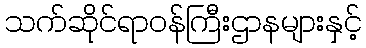
သက်ဆိုင်ရာဝန်ကြီးဌာနများနှင့်